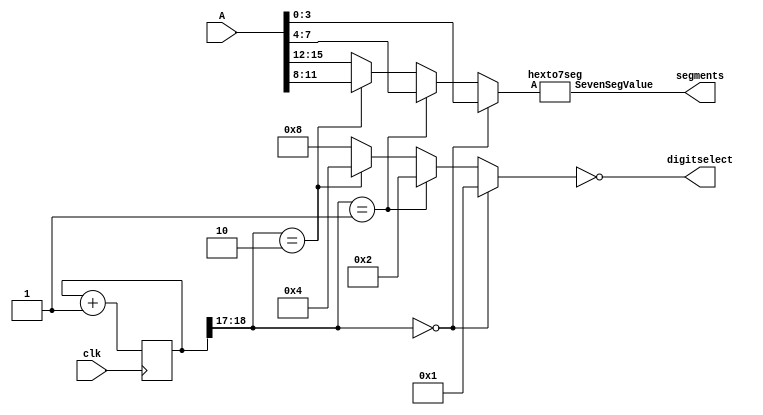
`timescale 1ns / 1ps
//////////////////////////////////////////////////////////////////////////////////
// Company: 
// Engineer: 
// 
// Design Name: 
// Module Name:    display4digit 
// Project Name: 
// Target Devices: 
// Tool versions: 
// Description: 
//
// Dependencies: 
//
// Revision: 
// Revision 0.01 - File Created
// Additional Comments: 
//
//////////////////////////////////////////////////////////////////////////////////

module display4digit(
    input [15:0] A,
    input clk,
    output [7:0] segments,
    output [3:0] digitselect
    );

	reg [18:0] counter = 0;
	wire [1:0] toptwo;
	wire [3:0] value4bit;
	
	always @(posedge clk)
		counter <= counter + 1;
	
	assign toptwo[1:0] = counter[18:17];
	
	assign digitselect = ~ (  toptwo == 2'b00 ? 4'b0001  // Note inversion
				: toptwo == 2'b01 ? 4'b0010
				: toptwo == 2'b10 ? 4'b0100
							: 4'b1000 );
									
	assign value4bit   =   (  toptwo == 2'b00 ? A[3:0]
				: toptwo == 2'b01 ? A[7:4]
				: toptwo == 2'b10 ? A[11:8]
							: A[15:12] );
	
	hexto7seg myhexencoder(value4bit, segments);

endmodule


module hexto7seg(
    input [3:0] A,
    output [7:0] SevenSegValue
    );

	assign SevenSegValue = ~( A == 4'h0 ? 8'b11111100  // Note inversion
				: A == 4'h1 ? 8'b01100000
				: A == 4'h2 ? 8'b11011010
				: A == 4'h3 ? 8'b11110010
				: A == 4'h4 ? 8'b01100110
				: A == 4'h5 ? 8'b10110110
				: A == 4'h6 ? 8'b10111110
				: A == 4'h7 ? 8'b11100000
				: A == 4'h8 ? 8'b11111110
				: A == 4'h9 ? 8'b11110110
				: A == 4'hA ? 8'b11101110
				: A == 4'hB ? 8'b00111110
				: A == 4'hC ? 8'b10011100
				: A == 4'hD ? 8'b01111010
				: A == 4'hE ? 8'b10011110
						: 8'b10001110 );

endmodule